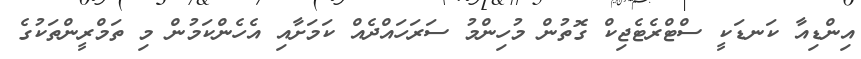
އިންޑިއާ ކަނޑަކީ ސްޓްރެޓެޖިކް ގޮތުން މުހިންމު ސަރަހައްދެއް ކަމަށާއި އެހެންކަމުން މި ތަމްރީންތަކުގެ